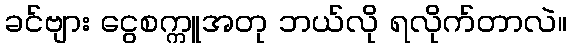
ခင်ဗျား ငွေစက္ကူအတု ဘယ်လို ရလိုက်တာလဲ။